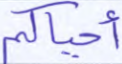
أحياكم